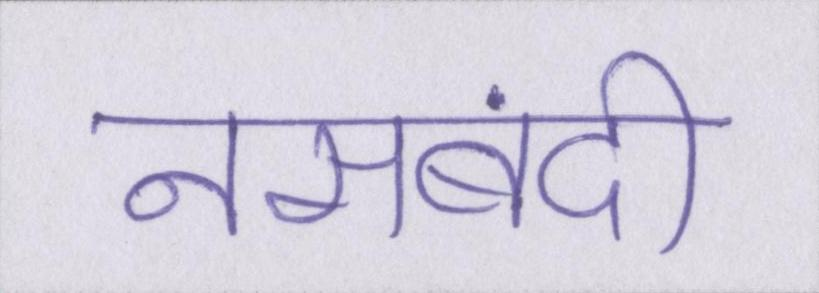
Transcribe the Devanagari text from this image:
नसबंदी